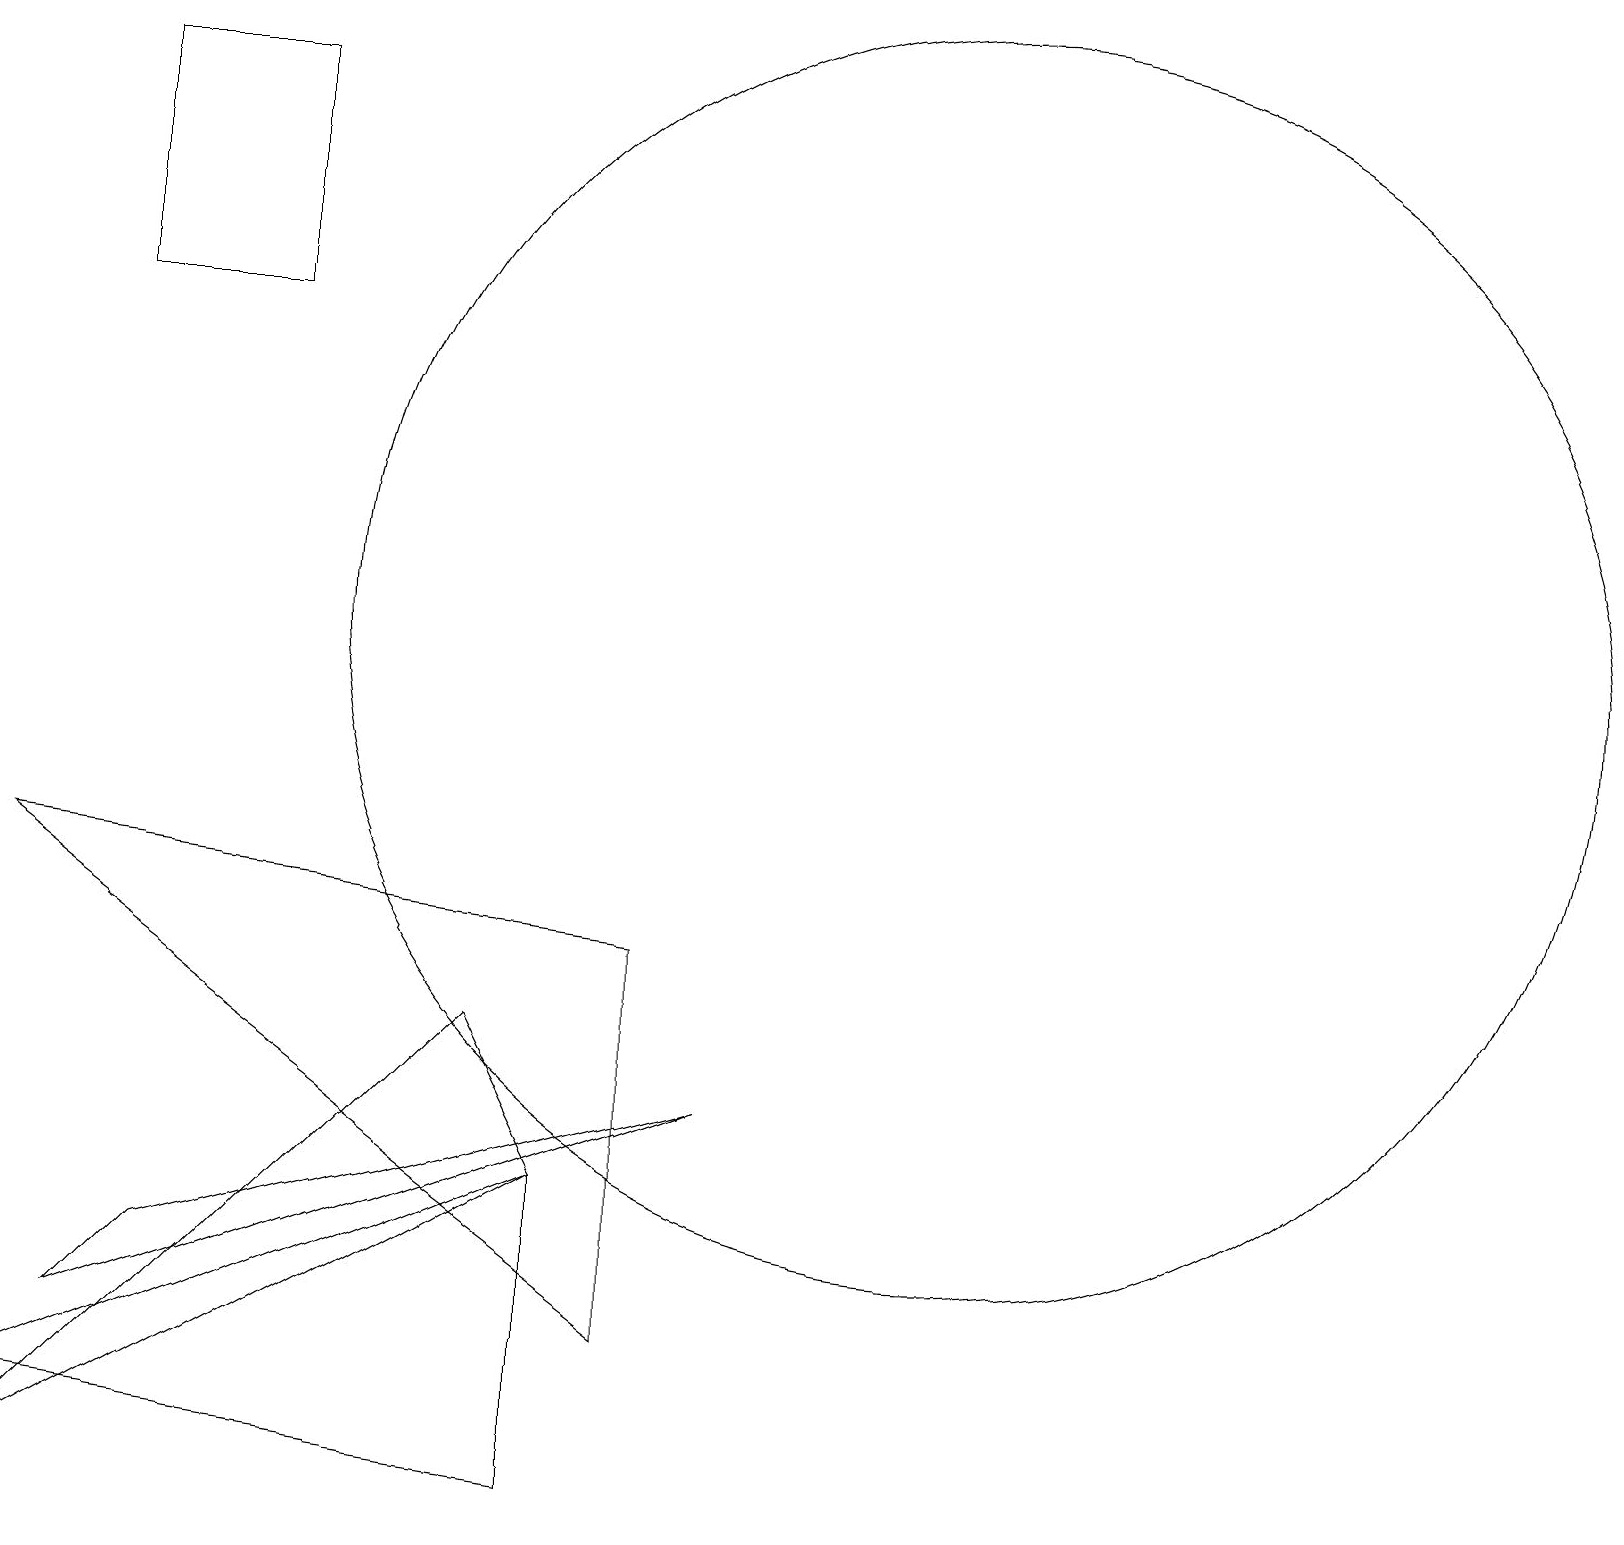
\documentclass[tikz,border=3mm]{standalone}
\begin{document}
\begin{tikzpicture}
\draw (10,11) circle (0);
\draw (8,2) -- (8,7) -- (0,8) -- cycle;
\draw (1,15) rectangle (3,18);
\draw (6,6) -- (7,4) -- (0,0) -- cycle;
\draw (12,11) circle (8);
\draw (0,1) -- (7,0) -- (7,4) -- cycle;
\draw (1,2) -- (2,3) -- (9,5) -- cycle;
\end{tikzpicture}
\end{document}